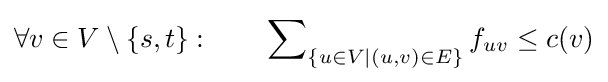
\forall v\in V\setminus \{s,t\}:\qquad \sum \nolimits _{\{u\in V\mid (u,v)\in E\}}f_{uv}\leq c(v)